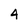
Character: 4